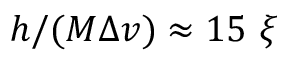
h / ( M \Delta v ) \approx 1 5 ~ \xi